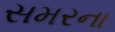
સમરના